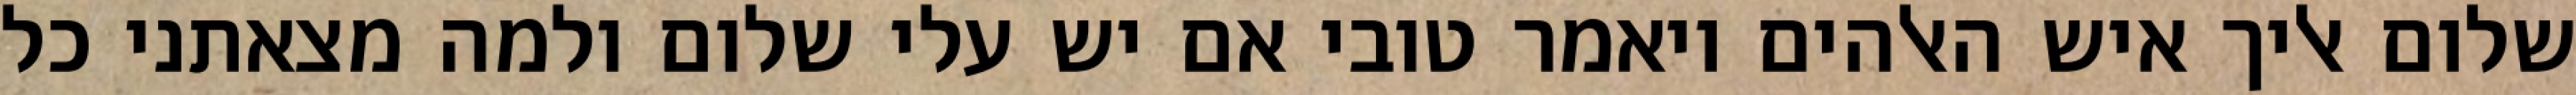
שלום אליך איש האלהים ויאמר טובי אם יש עלי שלום ולמה מצאתני כל